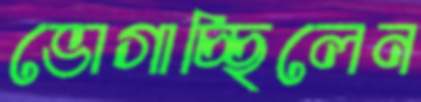
ভোগাচ্ছিলেন